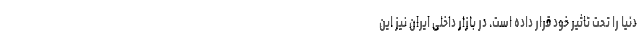
دنیا را تحت تاثیر خود قرار داده است. در بازار داخلی ایران نیز این